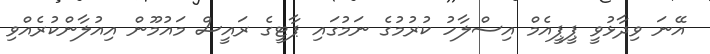
އޭނަ ވިދާޅުވީ ޕީޕީއެމް އިސްލާހު ކުރުމުގެ ނަމުގައި ޕާޓީގެ ރައީސް މައުމޫން އިއުލާންކުރެއްވި